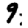
Digit: 9